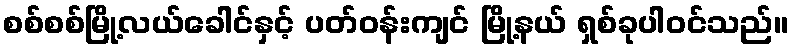
စစ်စစ်မြို့လယ်ခေါင်နှင့် ပတ်ဝန်းကျင် မြို့နယ် ရှစ်ခုပါဝင်သည်။